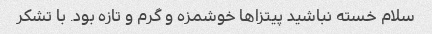
سلام خسته نباشید پیتزاها خوشمزه و گرم و تازه بود. با تشکر